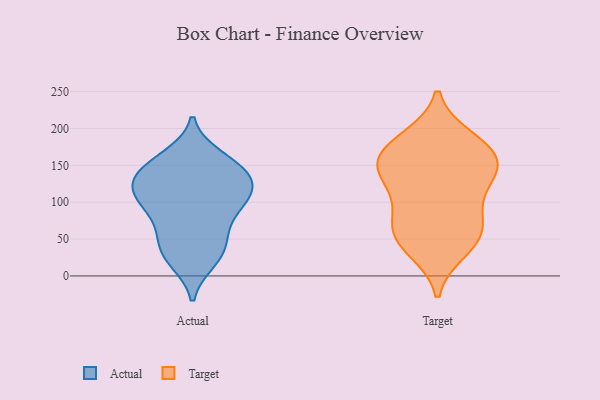
{"axis": {"x": "Headcount", "y": "Value"}, "legend": ["Actual", "Target"], "data": [{"x": "", "y": 22, "type": "Actual"}, {"x": "", "y": 89, "type": "Actual"}, {"x": "", "y": 91, "type": "Actual"}, {"x": "", "y": 108, "type": "Actual"}, {"x": "", "y": 147, "type": "Actual"}, {"x": "", "y": 162, "type": "Actual"}, {"x": "", "y": 58, "type": "Actual"}, {"x": "", "y": 32, "type": "Actual"}, {"x": "", "y": 112, "type": "Actual"}, {"x": "", "y": 131, "type": "Actual"}, {"x": "", "y": 146, "type": "Actual"}, {"x": "", "y": 96, "type": "Actual"}, {"x": "", "y": 160, "type": "Actual"}, {"x": "", "y": 59, "type": "Actual"}, {"x": "", "y": 134, "type": "Actual"}, {"x": "", "y": 20, "type": "Actual"}, {"x": "", "y": 109, "type": "Actual"}, {"x": "", "y": 124, "type": "Actual"}, {"x": "", "y": 43, "type": "Actual"}, {"x": "", "y": 131, "type": "Actual"}, {"x": "", "y": 150, "type": "Target"}, {"x": "", "y": 48, "type": "Target"}, {"x": "", "y": 36, "type": "Target"}, {"x": "", "y": 144, "type": "Target"}, {"x": "", "y": 115, "type": "Target"}, {"x": "", "y": 160, "type": "Target"}, {"x": "", "y": 186, "type": "Target"}, {"x": "", "y": 49, "type": "Target"}, {"x": "", "y": 144, "type": "Target"}, {"x": "", "y": 66, "type": "Target"}, {"x": "", "y": 74, "type": "Target"}, {"x": "", "y": 178, "type": "Target"}, {"x": "", "y": 89, "type": "Target"}, {"x": "", "y": 135, "type": "Target"}, {"x": "", "y": 176, "type": "Target"}]}